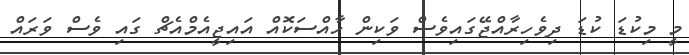
މީ މިކުޑަ ކުޑަ ދިވެހިރާއްޖޭގައިވެސް ވަކިން ހާއްސަކޮއް އައިޖީއެމްއެޗް ގައި ވެސް ވަރައް